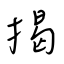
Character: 揭